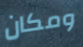
ومكان